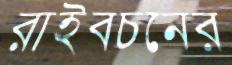
রাইবচনের